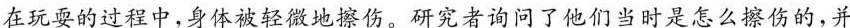
在玩耍的过程中，身体被轻微地擦伤。研究者询问了他们当时是怎么擦伤的，并